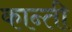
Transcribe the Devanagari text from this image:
कान्ती